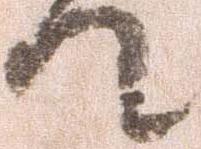
て